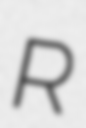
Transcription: R